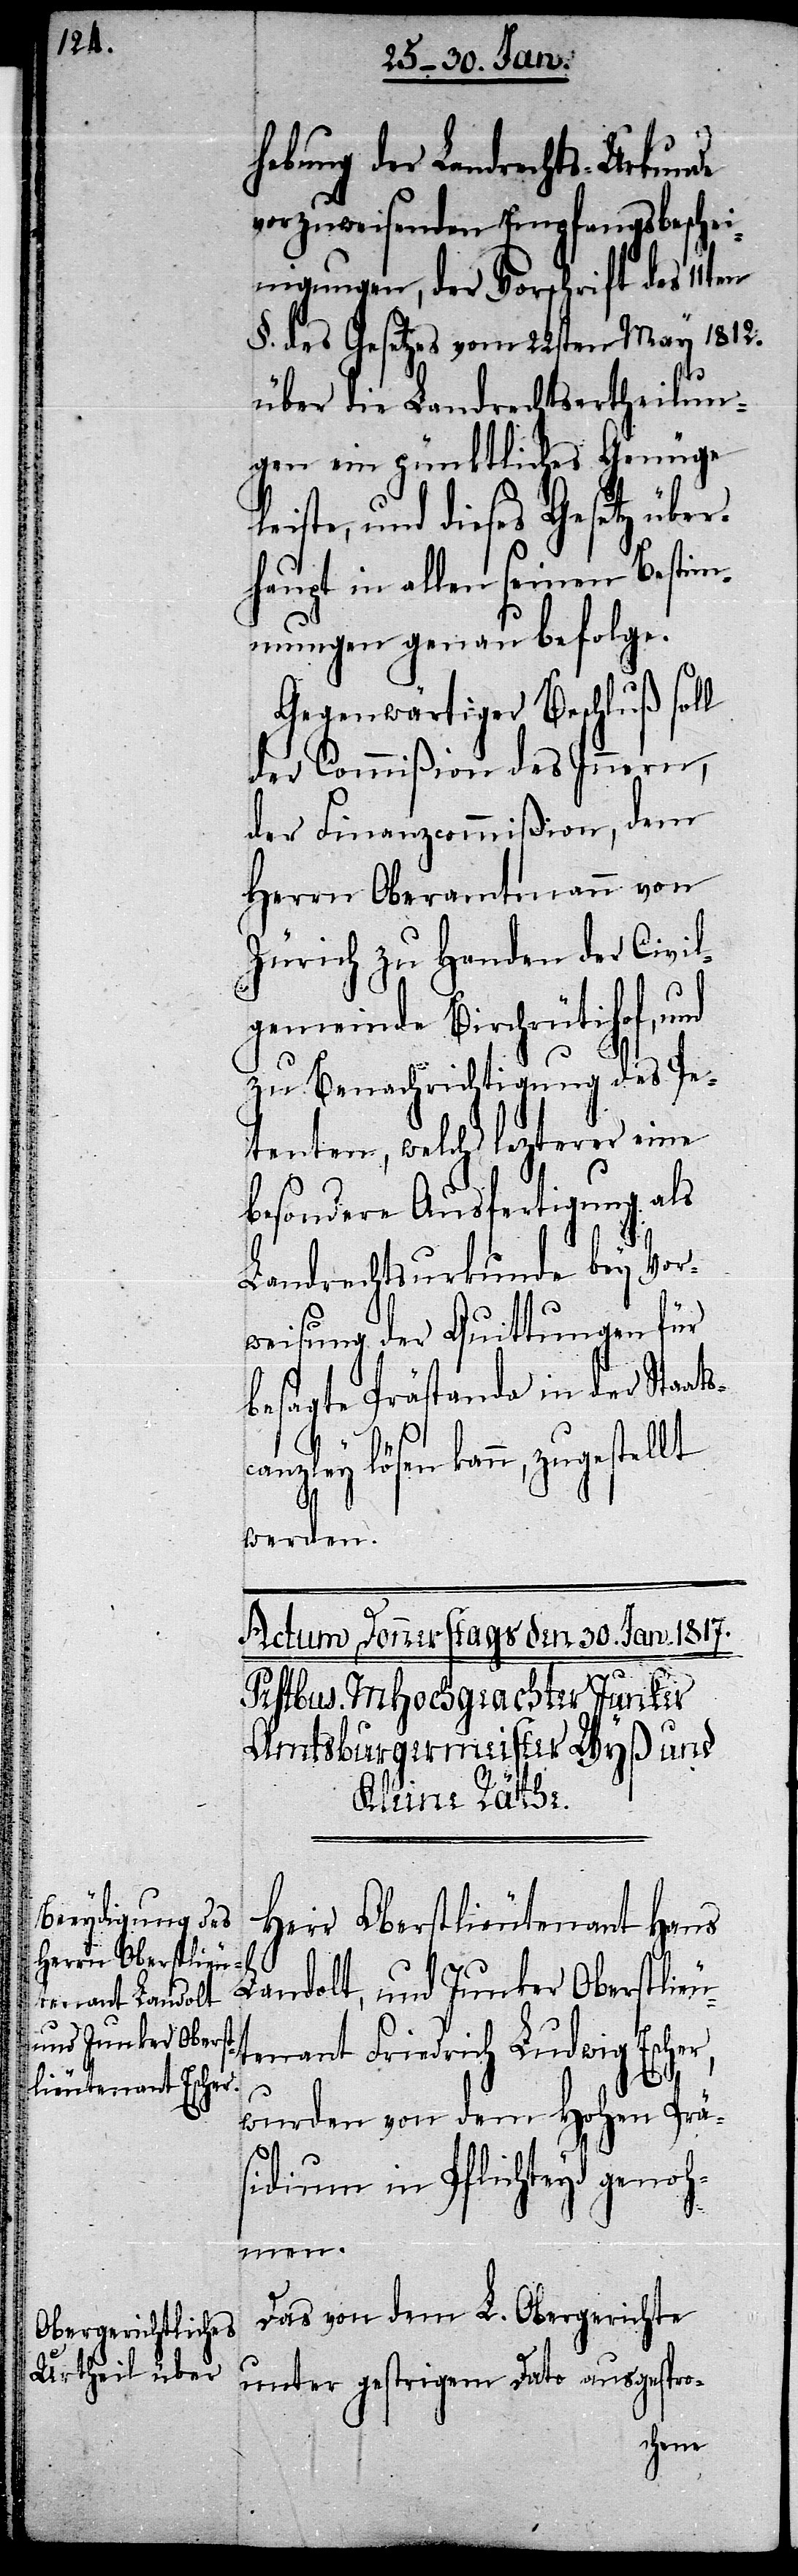
hebung der Landrechts-Urkunde
vorzuweisenden Empfangsbeschei¬
nigungen, der Vorschrift des 11ten
§. des Gesetzes vom 22sten May 1812.
über die Landrechtsertheilun¬
gen ein pünktliches Genüge
eiste, und dieses Gesetz über¬
haupt in allen seinen Bestim¬
mungen genau befolge.
Gegenwärtiger Beschluß soll
der Commißion des Innern,
der Finanzcommißion, dem
Herrn Oberamtmann von
Zürich zu Handen der Civil¬
gemeinde Birchrütihof, und
zu Benachrichtigung des Pe¬
tenten, welch‘ lezterer eine
besondere Ausfertigung als
Landrechtsurkunde bey Vor¬
weisung der Quittungen für
besagte Prästanda in der Staats¬
canzley lösen kann, zugestellt
l¬
werden.
Herr Oberstlieutenant Hans
Landolt, und Junker Oberstlieu¬
tenant Friedrich Ludwig Escher,
wurden von dem Hohen Prä¬
sidium in Pflichteyd genoh¬
men.
Das von dem L. Obergerichte